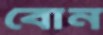
বোন